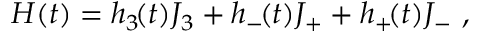
H ( t ) = h _ { 3 } \! ( t ) J _ { 3 } + h _ { - } \! ( t ) J _ { + } + h _ { + } \! ( t ) J _ { - } \ ,